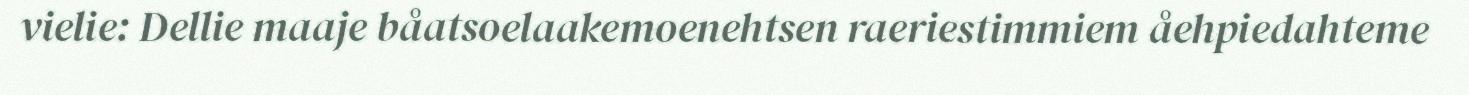
vielie: Dellie maaje båatsoelaakemoenehtsen raeriestimmiem åehpiedahteme